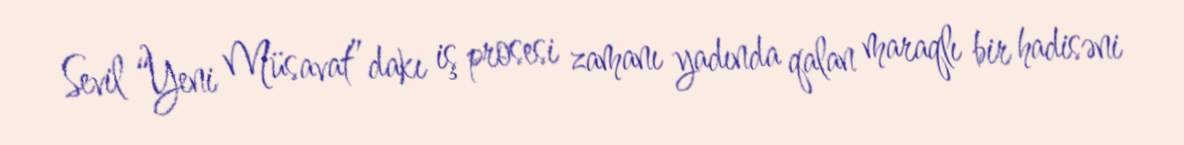
Sevil “Yeni Müsavat”dakı iş prosesi zamanı yadında qalan maraqlı bir hadisəni